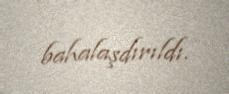
bahalaşdırıldı.